Report of the Indian Hemp Drugs Commission, 1894-1895 - Volume IV
Year: 1894
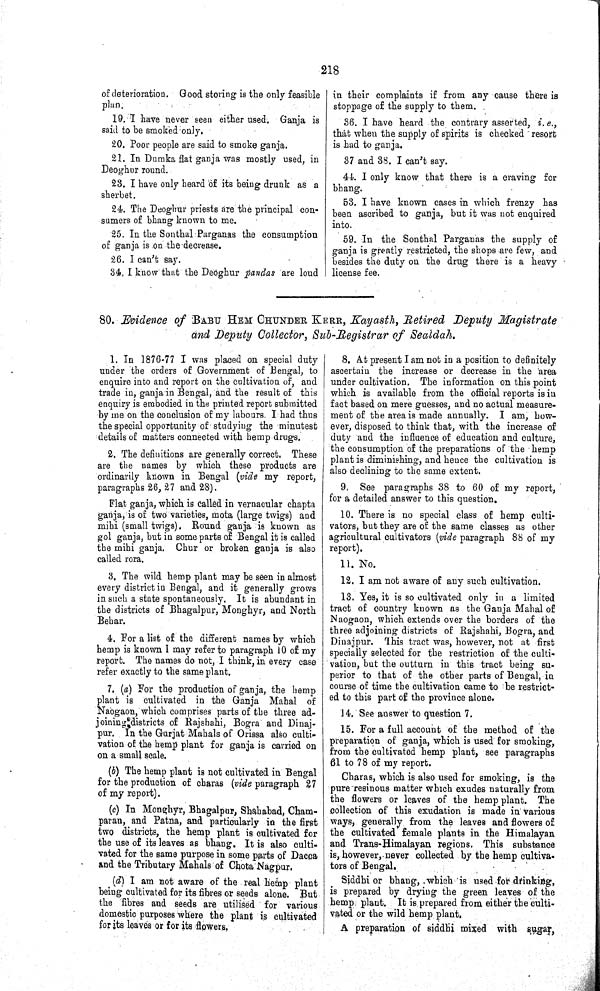
218
of deterioration. Good storing is the only feasible
plan.
19. I have never seen either used. Ganja is
said to be smoked only.
20. Poor people are said to smoke ganja.
21. In Dumka flat ganja was mostly used, in
Deoghur round.
23. I have only heard of its being drunk as a
sherbet.
24. The Deoghur priests are the principal con-
sumers of bhang known to me.
25. In the Sonthal Parganas the consumption
of ganja is on the decrease.
26. I can't say.
34. I know that the Deoghur pandas are loud
in their complaints if from any cause there is
stoppage of the supply to them.
36. I have heard the contrary asserted, i. e.,
that when the supply of spirits is checked resort
is had to ganja.
37 and 38. I can't say.
44. I only know that there is a craving for
bhang.
53. I have known cases in which frenzy has
been ascribed to ganja, but it was not enquired
into.
59. In the Sonthal Parganas the supply of
ganja is greatly restricted, the shops are few, and
besides the duty on the drug there is a heavy
license fee.
80. Evidence of BABU HEM CHUNDER KERR, Kayasth, Retired Deputy Magistrate
and Deputy Collector, Sub-Registrar of Sealdah.
1. In 1876-77 I was placed on special duty
under the orders of Government of Bengal, to
enquire into and report on the cultivation of, and
trade in, ganja in Bengal, and the result of this
enquiry is embodied in the printed report submitted
by me on the conclusion of my labours. I had thus
the special opportunity of studying the minutest
details of matters connected with hemp drugs.
2. The definitions are generally correct. These
are the names by which these products are
ordinarily known in Bengal (vide my report,
paragraphs 26, 27 and 28).
Flat ganja, which is called in vernacular chapta
ganja, is of two varieties, mota (large twigs) and
mihi (small twigs). Round ganja is known as
gol ganja, but in some parts of Bengal it is called
the mihi ganja. Chur or broken ganja is also
called rora.
3. The wild hemp plant may be seen in almost
every district in Bengal, and it generally grows
in such a state spontaneously. It is abundant in
the districts of Bhagalpur, Monghyr, and North
Behar.
4. For a list of the different names by which
hemp is known I may refer to paragraph 10 of my
report. The names do not, I think, in every case
refer exactly to the same plant.
7. (a) For the production of ganja, the hemp
plant is cultivated in the Ganja Mahal of
Naogaon, which comprises parts of the three ad-
joining districts of Rajshahi, Bogra and Dinaj-
pur. In the Gurjat Mahals of Orissa also culti-
vation of the hemp plant for ganja is carried on
on a small scale.
(b) The hemp plant is not cultivated in Bengal
for the production of charas (vide paragraph 27
of my report).
(c) In Monghyr, Bhagalpur, Shahabad, Cham-
paran, and Patna, and particularly in the first
two districts, the hemp plant is cultivated for
the use of its leaves as bhang. It is also culti-
vated for the same purpose in some parts of Dacca
and the Tributary Mahals of Chota Nagpur.
(d) I am not aware of the real hemp plant
being cultivated for its fibres or seeds alone. But
the fibres and seeds are utilised for various
domestic purposes where the plant is cultivated
for its leaves or for its flowers.
8. At present I am not in a position to definitely
ascertain the increase or decrease in the area
under cultivation. The information on this point
which is available from the official reports is in
fact based on mere guesses, and no actual measure-
ment of the area is made annually. I am, how-
ever, disposed to think that, with the increase of
duty and the influence of education and culture,
the consumption of the preparations of the hemp
plant is diminishing, and hence the cultivation is
also declining to the same extent.
9. See paragraphs 38 to 60 of my report,
for a detailed answer to this question.
10. There is no special class of hemp culti-
vators, but they are of the same classes as other
agricultural cultivators (vide paragraph 88 of my
report).
11. No.
12. I am not aware of any such cultivation.
13. Yes, it is so cultivated only in a limited
tract of country known as the Ganja Mahal of
Naogaon, which extends over the borders of the
three adjoining districts of Rajshahi, Bogra, and
Dinajpur. This tract was, however, not at first
specially selected for the restriction of the culti-
vation, but the outturn in this tract being su-
perior to that of the other parts of Bengal, in
course of time the cultivation came to be restrict-
ed to this part of the province alone.
14. See answer to question 7.
15. For a full account of the method of the
preparation of ganja, which is used for smoking,
from the cultivated hemp plant, see paragraphs
61 to 78 of my report.
Charas, which is also used for smoking, is the
pure resinous matter which exudes naturally from
the flowers or leaves of the hemp plant. The
collection of this exudation is made in various
ways, generally from the leaves and flowers of
the cultivated female plants in the Himalayan
and Trans-Himalayan regions, This substance
is, however, never collected by the hemp cultiva-
tors of Bengal.
Siddhi or bhang, which is used for drinking,
is prepared by drying the green leaves of the
hemp, plant. It is prepared from either the culti-
vated or the wild hemp plant.
A preparation of siddhi mixed with sugar,